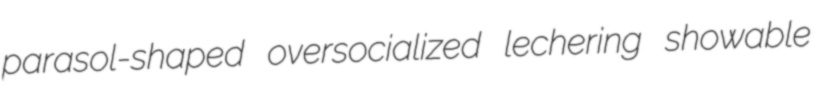
parasol-shaped oversocialized lechering showable